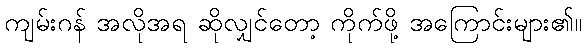
ကျမ်းဂန် အလိုအရ ဆိုလျှင်တော့ ကိုက်ဖို့ အကြောင်းများ၏။